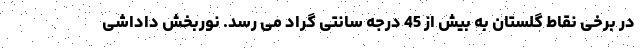
در برخی نقاط گلستان به بیش از 45 درجه سانتی گراد می رسد. نوربخش داداشی